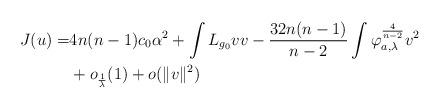
LaTeX: \begin{align*}J(u)= & 4n(n-1)c_{0}\alpha^{2} +\int L_{g_{0}}vv-\frac{32n(n-1)}{n-2}\int \varphi_{a, \lambda}^{\frac{4}{n-2}}v^{2}\\& +o_{\frac{1}{\lambda}}(1)+o(\Vert v \Vert^{2})\end{align*}